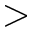
>